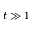
t \gg 1